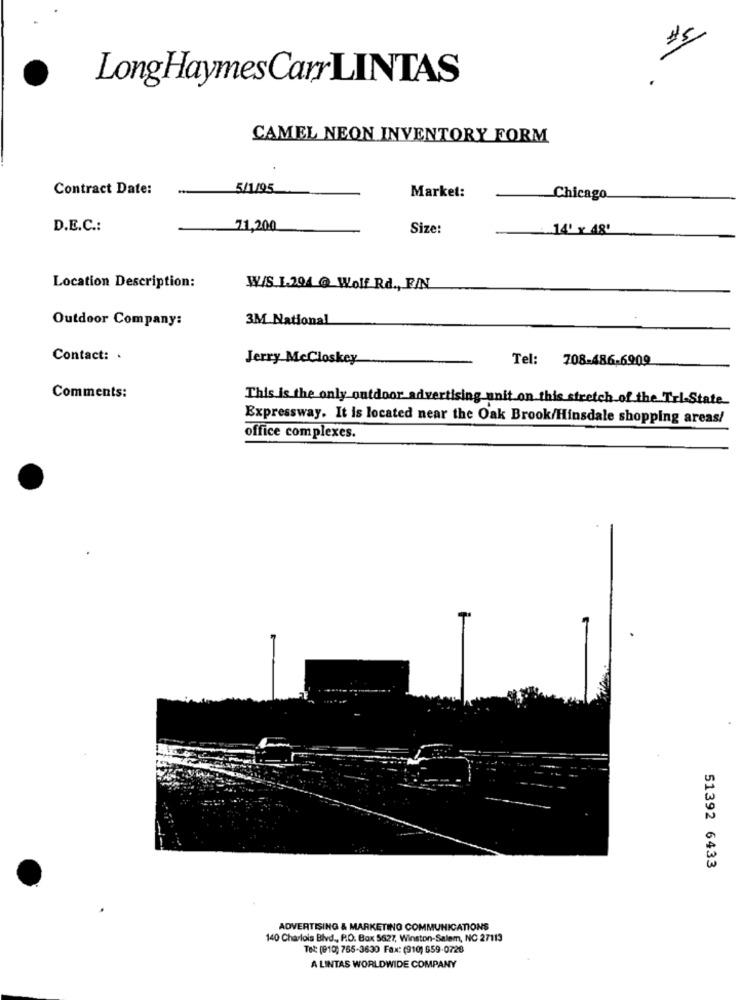
$5
LongHaymesCarrLINTAS
CAMEL NEON INVENTORY FORM
Contract Date:
5/1/95
Market:
Chicago
D.E.C .:
71,200
Size:
140 Y 48'
Location Description:
W/S 1.204 @ Wolf Rd ., F/N
Outdoor Company:
3M National
Contact: .
Jerry McCloskey
Tel: 708-486.6909
Comments:
This is the only outdoor advertising unit on this stretch of the Tri-State_
Expressway. It is located near the Oak Brook/Hinsdale shopping areas/
office complexes.
51392 6433
ADVERTISING & MARKETING COMMUNICATIONS
140 Charlois Blvd ., P.O. Box 5627, Winston-Salem, NC 27113
Tel: (010; 765-3630 Fax: (910) 659-0728
A LINTAS WORLDWIDE COMPANY